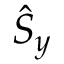
\hat { S } _ { y }